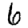
Digit: 6